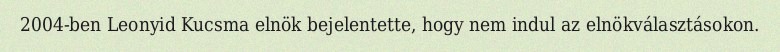
2004-ben Leonyid Kucsma elnök bejelentette, hogy nem indul az elnökválasztásokon.